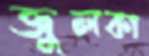
জুলকা